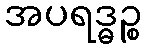
အပရဒ္ဓဉ္စ